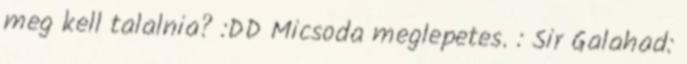
meg kell talalnia? :DD Micsoda meglepetes. : Sir Galahad: